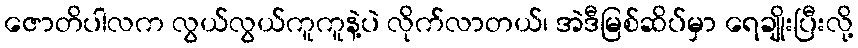
ဇောတိပါလက လွယ်လွယ်ကူကူနဲ့ပဲ လိုက်လာတယ်၊ အဲဒီမြစ်ဆိပ်မှာ ရေချိုးပြီးလို့